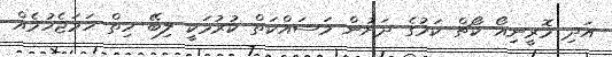
އަދި މޮރީނިއޯ ކޯޗް ކަމުގެ ދަށުން މަސައްކަތް ކުރުމަކީ ލިބޭ ހިތް ހަމަޖެހުމެއް